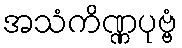
အသံကိဏ္ဏပုဗ္ဗံ